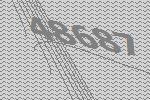
48687